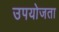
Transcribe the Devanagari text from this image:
उपयोजता